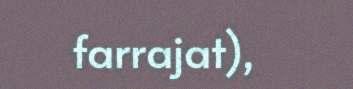
farrajat),